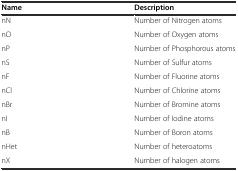
| Name | Description |
 | --- | --- |
 | nN | Number of Nitrogen atoms |
 | nO | Number of Oxygen atoms |
 | nP | Number of Phosphorous atoms |
 | nS | Number of Sulfur atoms |
 | nF | Number of Fluorine atoms |
 | nCl | Number of Chlorine atoms |
 | nBr | Number of Bromine atoms |
 | nI | Number of Iodine atoms |
 | nB | Number of Boron atoms |
 | nHet | Number of heteroatoms |
 | nX | Number of halogen atoms |